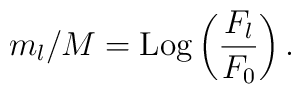
m_l/M={\rm Log} \left( \frac {F_l}{F_0}\right)      .